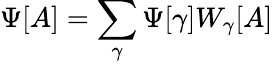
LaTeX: \Psi[A]=\sum_{\gamma}\Psi[\gamma]W_{\gamma}[A]